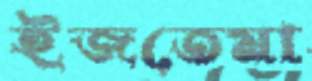
ইজতেমা